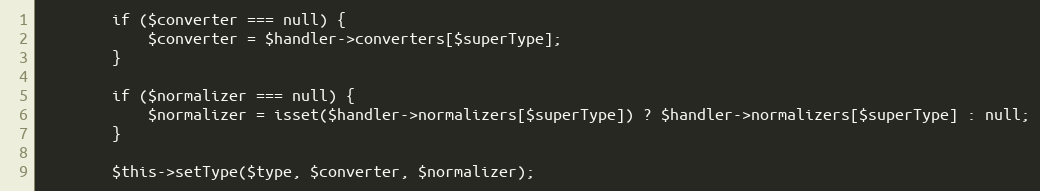
Language: PHP
        if ($converter === null) {
            $converter = $handler->converters[$superType];
        }

        if ($normalizer === null) {
            $normalizer = isset($handler->normalizers[$superType]) ? $handler->normalizers[$superType] : null;
        }

        $this->setType($type, $converter, $normalizer);